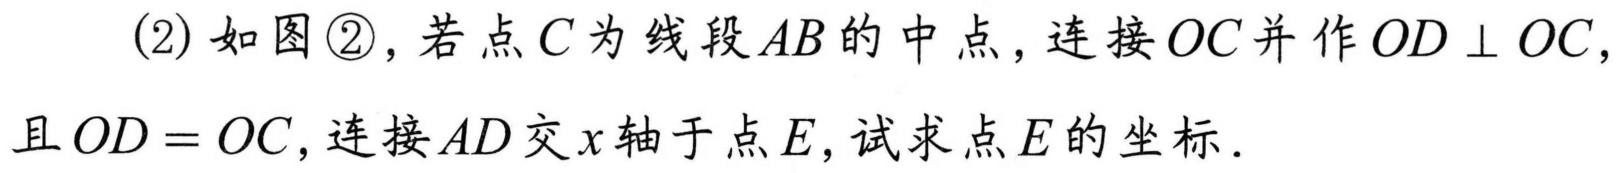
(2) 如图\textcircled{2}，若点\(C\)为线段\(AB\)的中点，连接\(OC\)并作\(OD\perp OC\)，且\(OD = OC\)，连接\(AD\)交\(x\)轴于点\(E\)，试求点\(E\)的坐标．